Report of cholera committee
Disease focus: Cholera
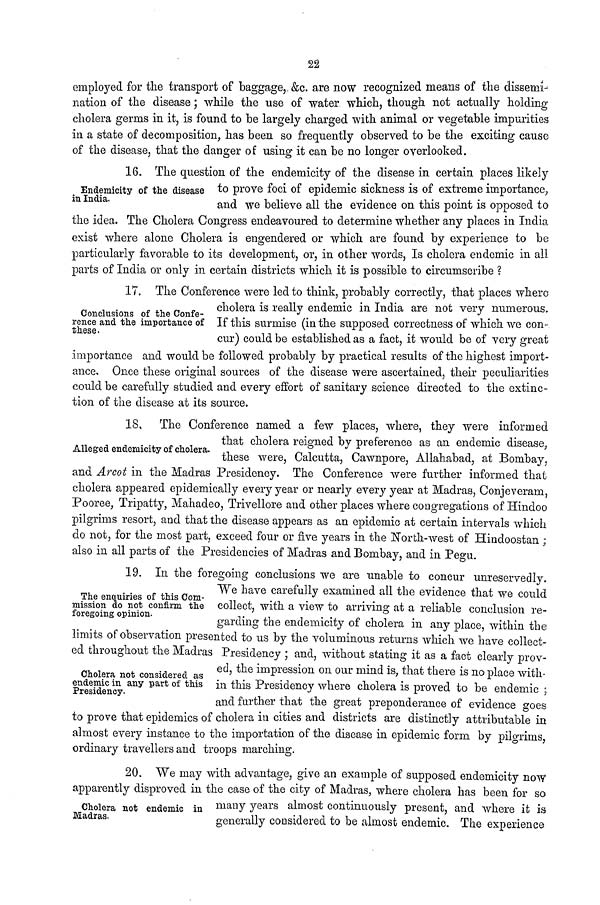
22
employed for the transport of baggage, &c. are now recognized means of the dissemi-
nation of the disease; while the use of water which, though not actually holding
cholera germs in it, is found to be largely charged with animal or vegetable impurities
in a state of decomposition, has been so frequently observed to be the exciting cause
of the disease, that the danger of using it can be no longer overlooked.
Endemicity of the disease
in India.
16. The question of the endemicity of the disease in certain places likely
to prove foci of epidemic sickness is of extreme importance,
and we believe all the evidence on this point is opposed to
the idea. The Cholera Congress endeavoured to determine whether any places in India
exist where alone Cholera is engendered or which are found by experience to be
particularly favorable to its development, or, in other words, Is cholera endemic in all
parts of India or only in certain districts which it is possible to circumscribe ?
Conclusions of the Confe-
rence and the importance of
these.
17. The Conference were led to think, probably correctly, that places where
cholera is really endemic in India are not very numerous.
If this surmise (in the supposed correctness of which we con-
cur) could be established as a fact, it would be of very great
importance and would be followed probably by practical results of the highest import-
ance. Once these original sources of the disease were ascertained, their peculiarities
could be carefully studied and every effort of sanitary science directed to the extinc-
tion of the disease at its source.
Alleged endemicity of cholera.
18, The Conference named a few places, where, they were informed
that cholera reigned by preference as an endemic disease,
these were, Calcutta, Cawnpore, Allahabad, at Bombay,
and Arcot in the Madras Presidency. The Conference were further informed that
cholera appeared epidemically every year or nearly every year at Madras, Conjeveram,
Pooree, Tripatty, Mahadeo, Trivellore and other places where congregations of Hindoo
pilgrims resort, and that the disease appears as an epidemic at certain intervals which
do not, for the most part, exceed four or five years in the North-west of Hindoostan ;
also in all parts of the Presidencies of Madras and Bombay, and in Pegu.
The enquiries of this Com-
mission do not confirm the
foregoing opinion.
Cholera not considered as
endemic in any part of this
Presidency.
19. Ill the foregoing conclusions we are unable to concur unreservedly.
We have carefully examined all the evidence that we could
collect, with a view to arriving at a reliable conclusion re-
garding the endemicity of cholera in any place, within the
limits of observation presented to us by the voluminous returns which we have collect-
ed throughout the Madras Presidency ; and, without stating it as a fact clearly prov-
ed, the impression on our mind is, that there is no place with-
in this Presidency where cholera is proved to be endemic ;
and further that the great preponderance of evidence goes
to prove that epidemics of cholera in cities and districts are distinctly attributable in
almost every instance to the importation of the disease in epidemic form by pilgrims,
ordinary travellers and troops marching.
Cholera not endemic in
Madras.
20. We may with advantage, give an example of supposed endemicity now
apparently disproved in the case of the city of Madras, where cholera has been for so
many years almost continuously present, and where it is
generally considered to be almost endemic. The experience